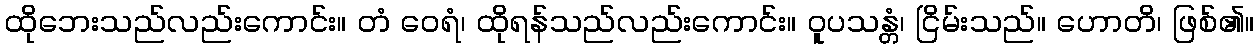
ထိုဘေးသည်လည်းကောင်း။ တံ ဝေရံ၊ ထိုရန်သည်လည်းကောင်း။ ဝူပသန္တံ၊ ငြိမ်းသည်။ ဟောတိ၊ ဖြစ်၏။